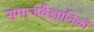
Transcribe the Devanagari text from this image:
समाजवैज्ञानिकों